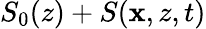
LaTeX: S_{0}(z)+S(\mathbf{x},z,t)